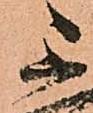
不